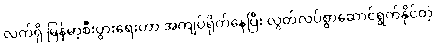
လက်ရှိ မြန်မာ့စီးပွားရေးဟာ အကျပ်ရိုက်နေပြီး လွတ်လပ်စွာဆောင်ရွက်နိုင်တဲ့